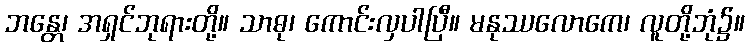
ဘန္တေ၊ အရှင်ဘုရားတို့။ သာဓု၊ ကောင်းလှပါပြီ။ မနုဿလောကေ၊ လူတို့ဘုံ၌။